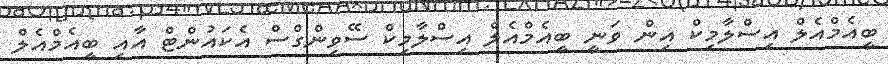
ބީއެމްއެލް އިސްލާމިކް އިން ވަނީ ބީއެމްއެލް އިސްލާމިކް ސޭވިންގްސް އެކައުންޓް އާއި ބީއެމްއެލް